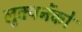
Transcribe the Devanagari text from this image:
लुक्यनेंको